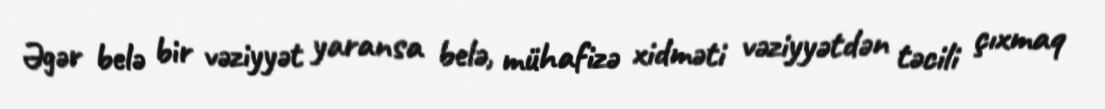
Əgər belə bir vəziyyət yaransa belə, mühafizə xidməti vəziyyətdən təcili çıxmaq